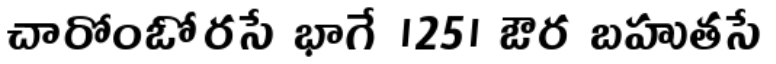
చారోంఓోరసే భాగే ।25। ఔర బహుతసే